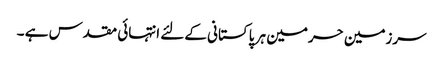
سرزمین حرمین ہر پاکستانی کےلئے انتہائی مقدس ہے ۔